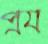
প্রয